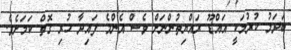
ބަދަލު ކުރުމަކީ އައްޑޫ ރައްޔިތުންނަށް ވެސް އެންމެ ފައިދާ ހުރި ގޮތް ކަމަށެވެ.